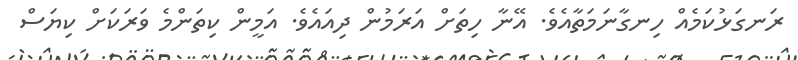
ރަނގަޅުކަމެއް ހިނގާނަމަތާއެވެ. އޭނާ ހިތަށް އަރަމުން ދިއައެވެ. އަމީން ކިތަންމެ ވަރަކަށް ކިޔަސް